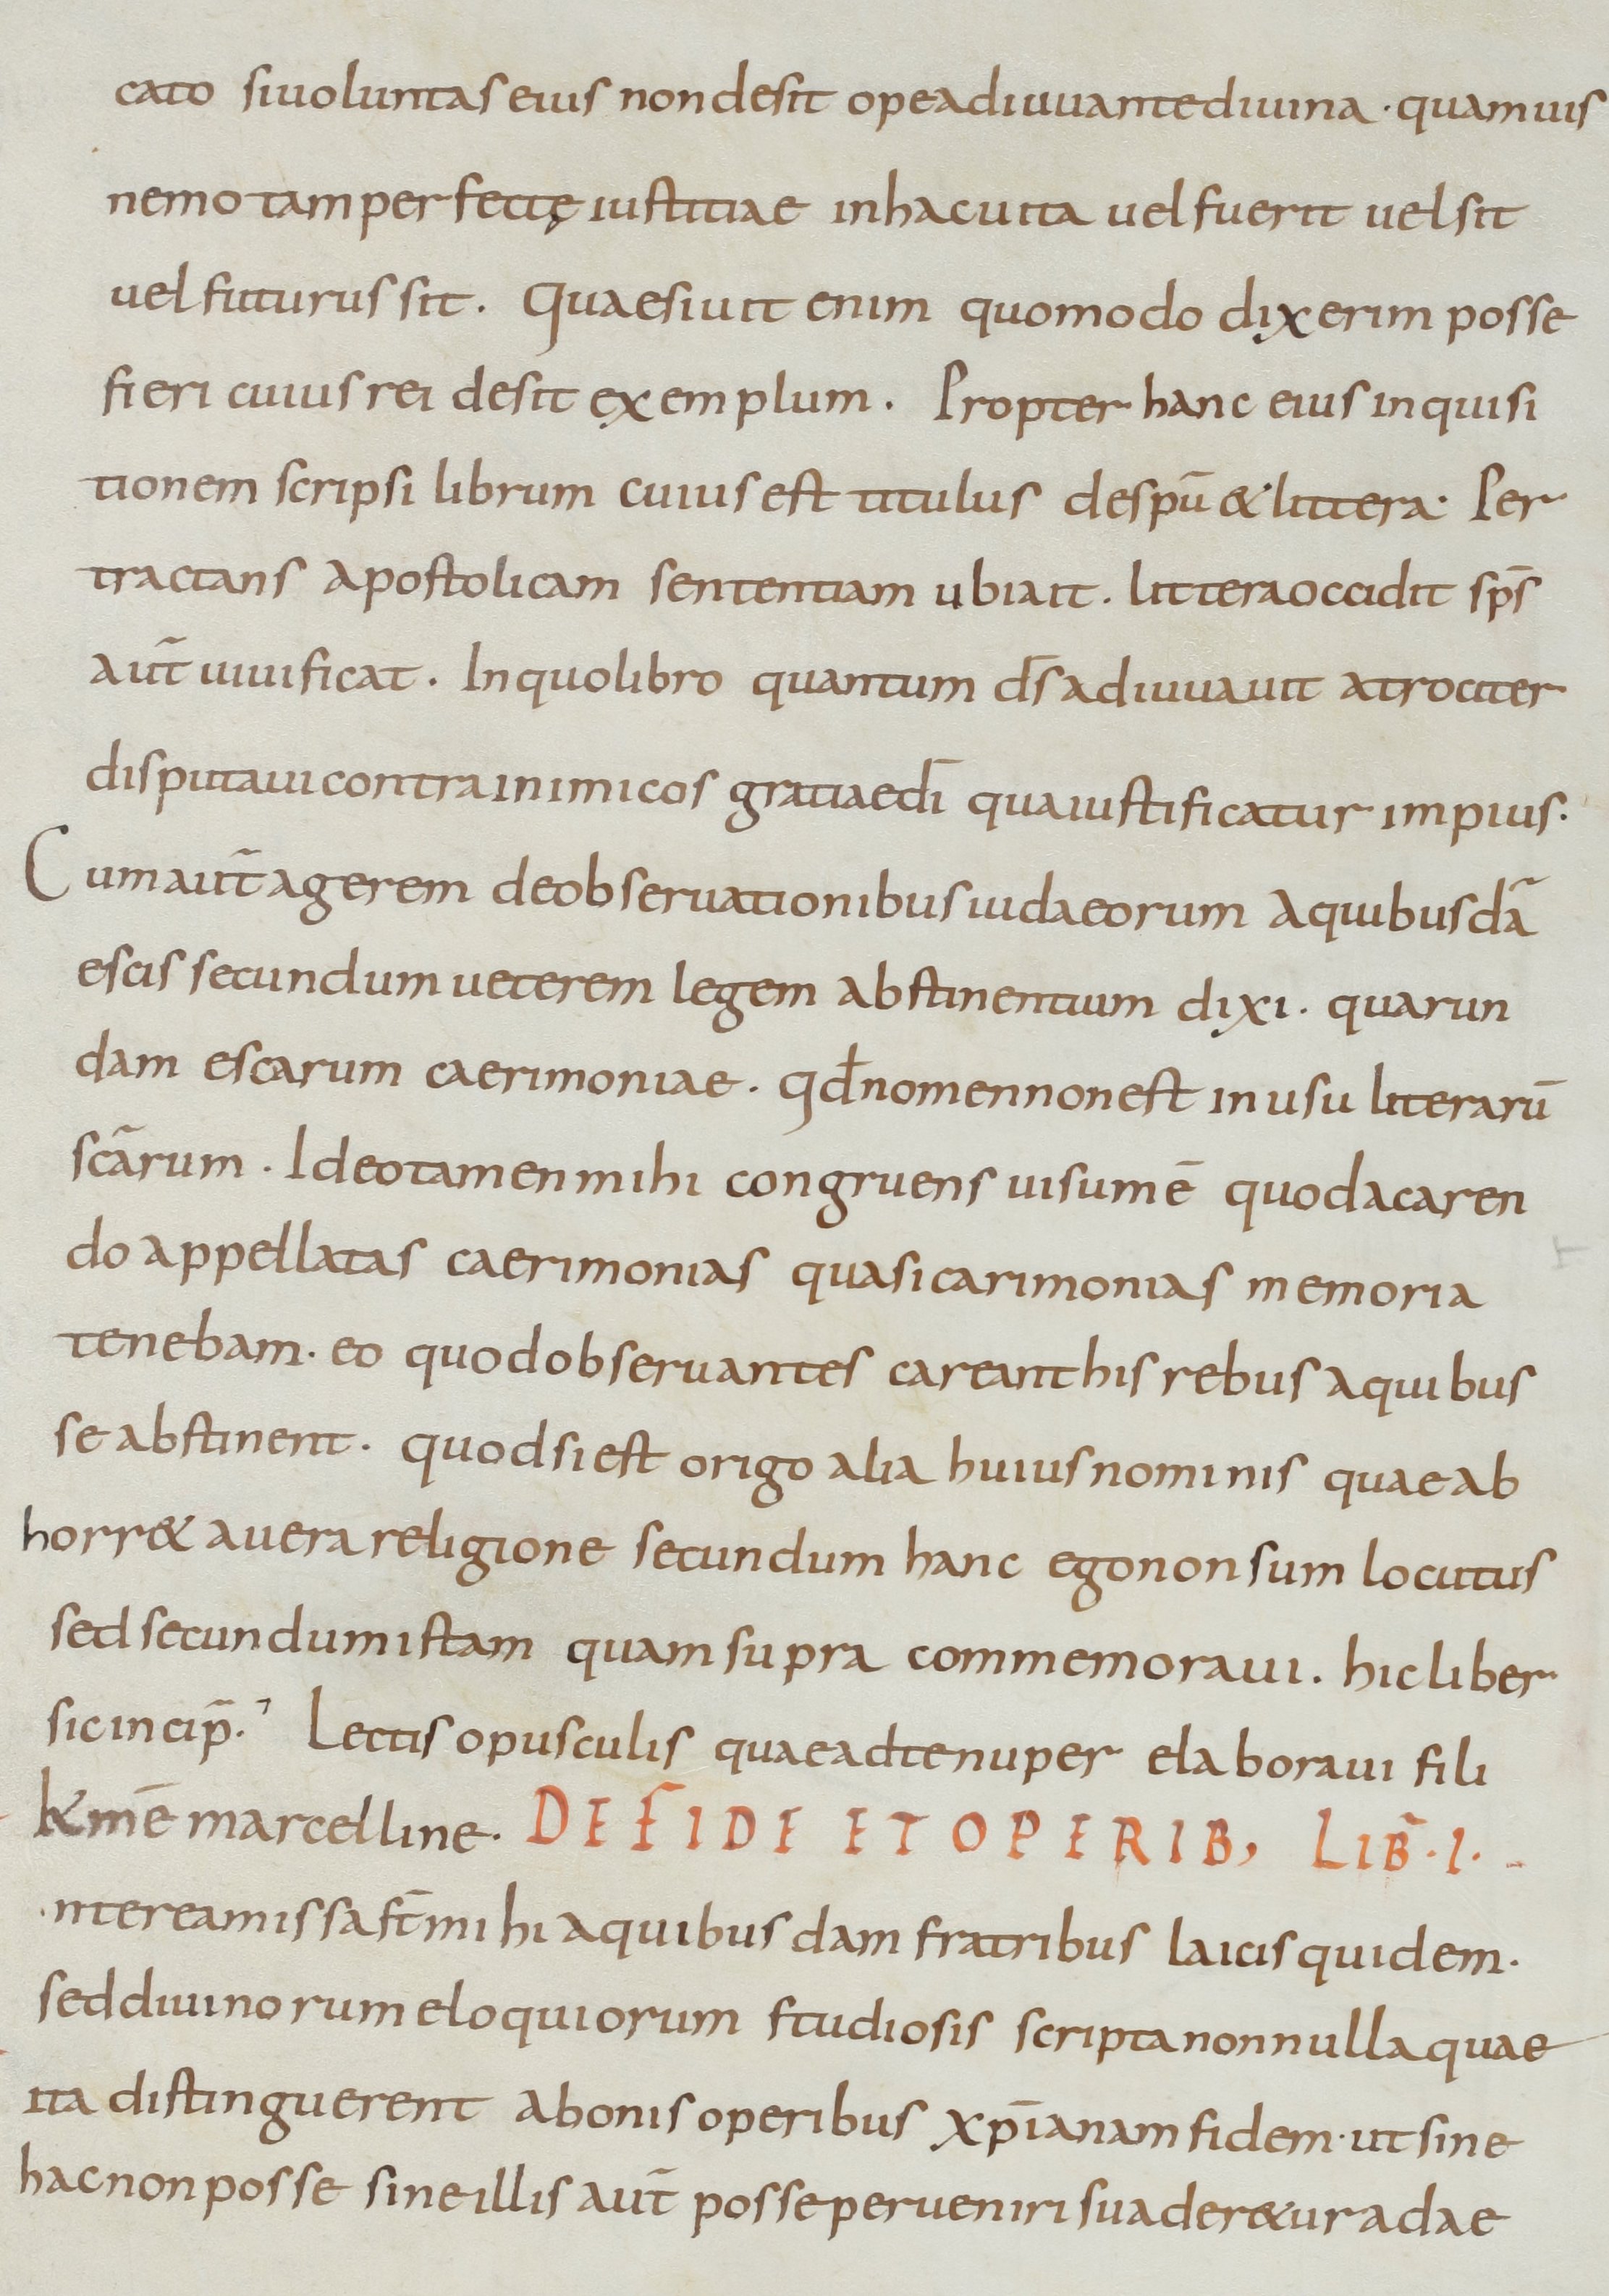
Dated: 800–899